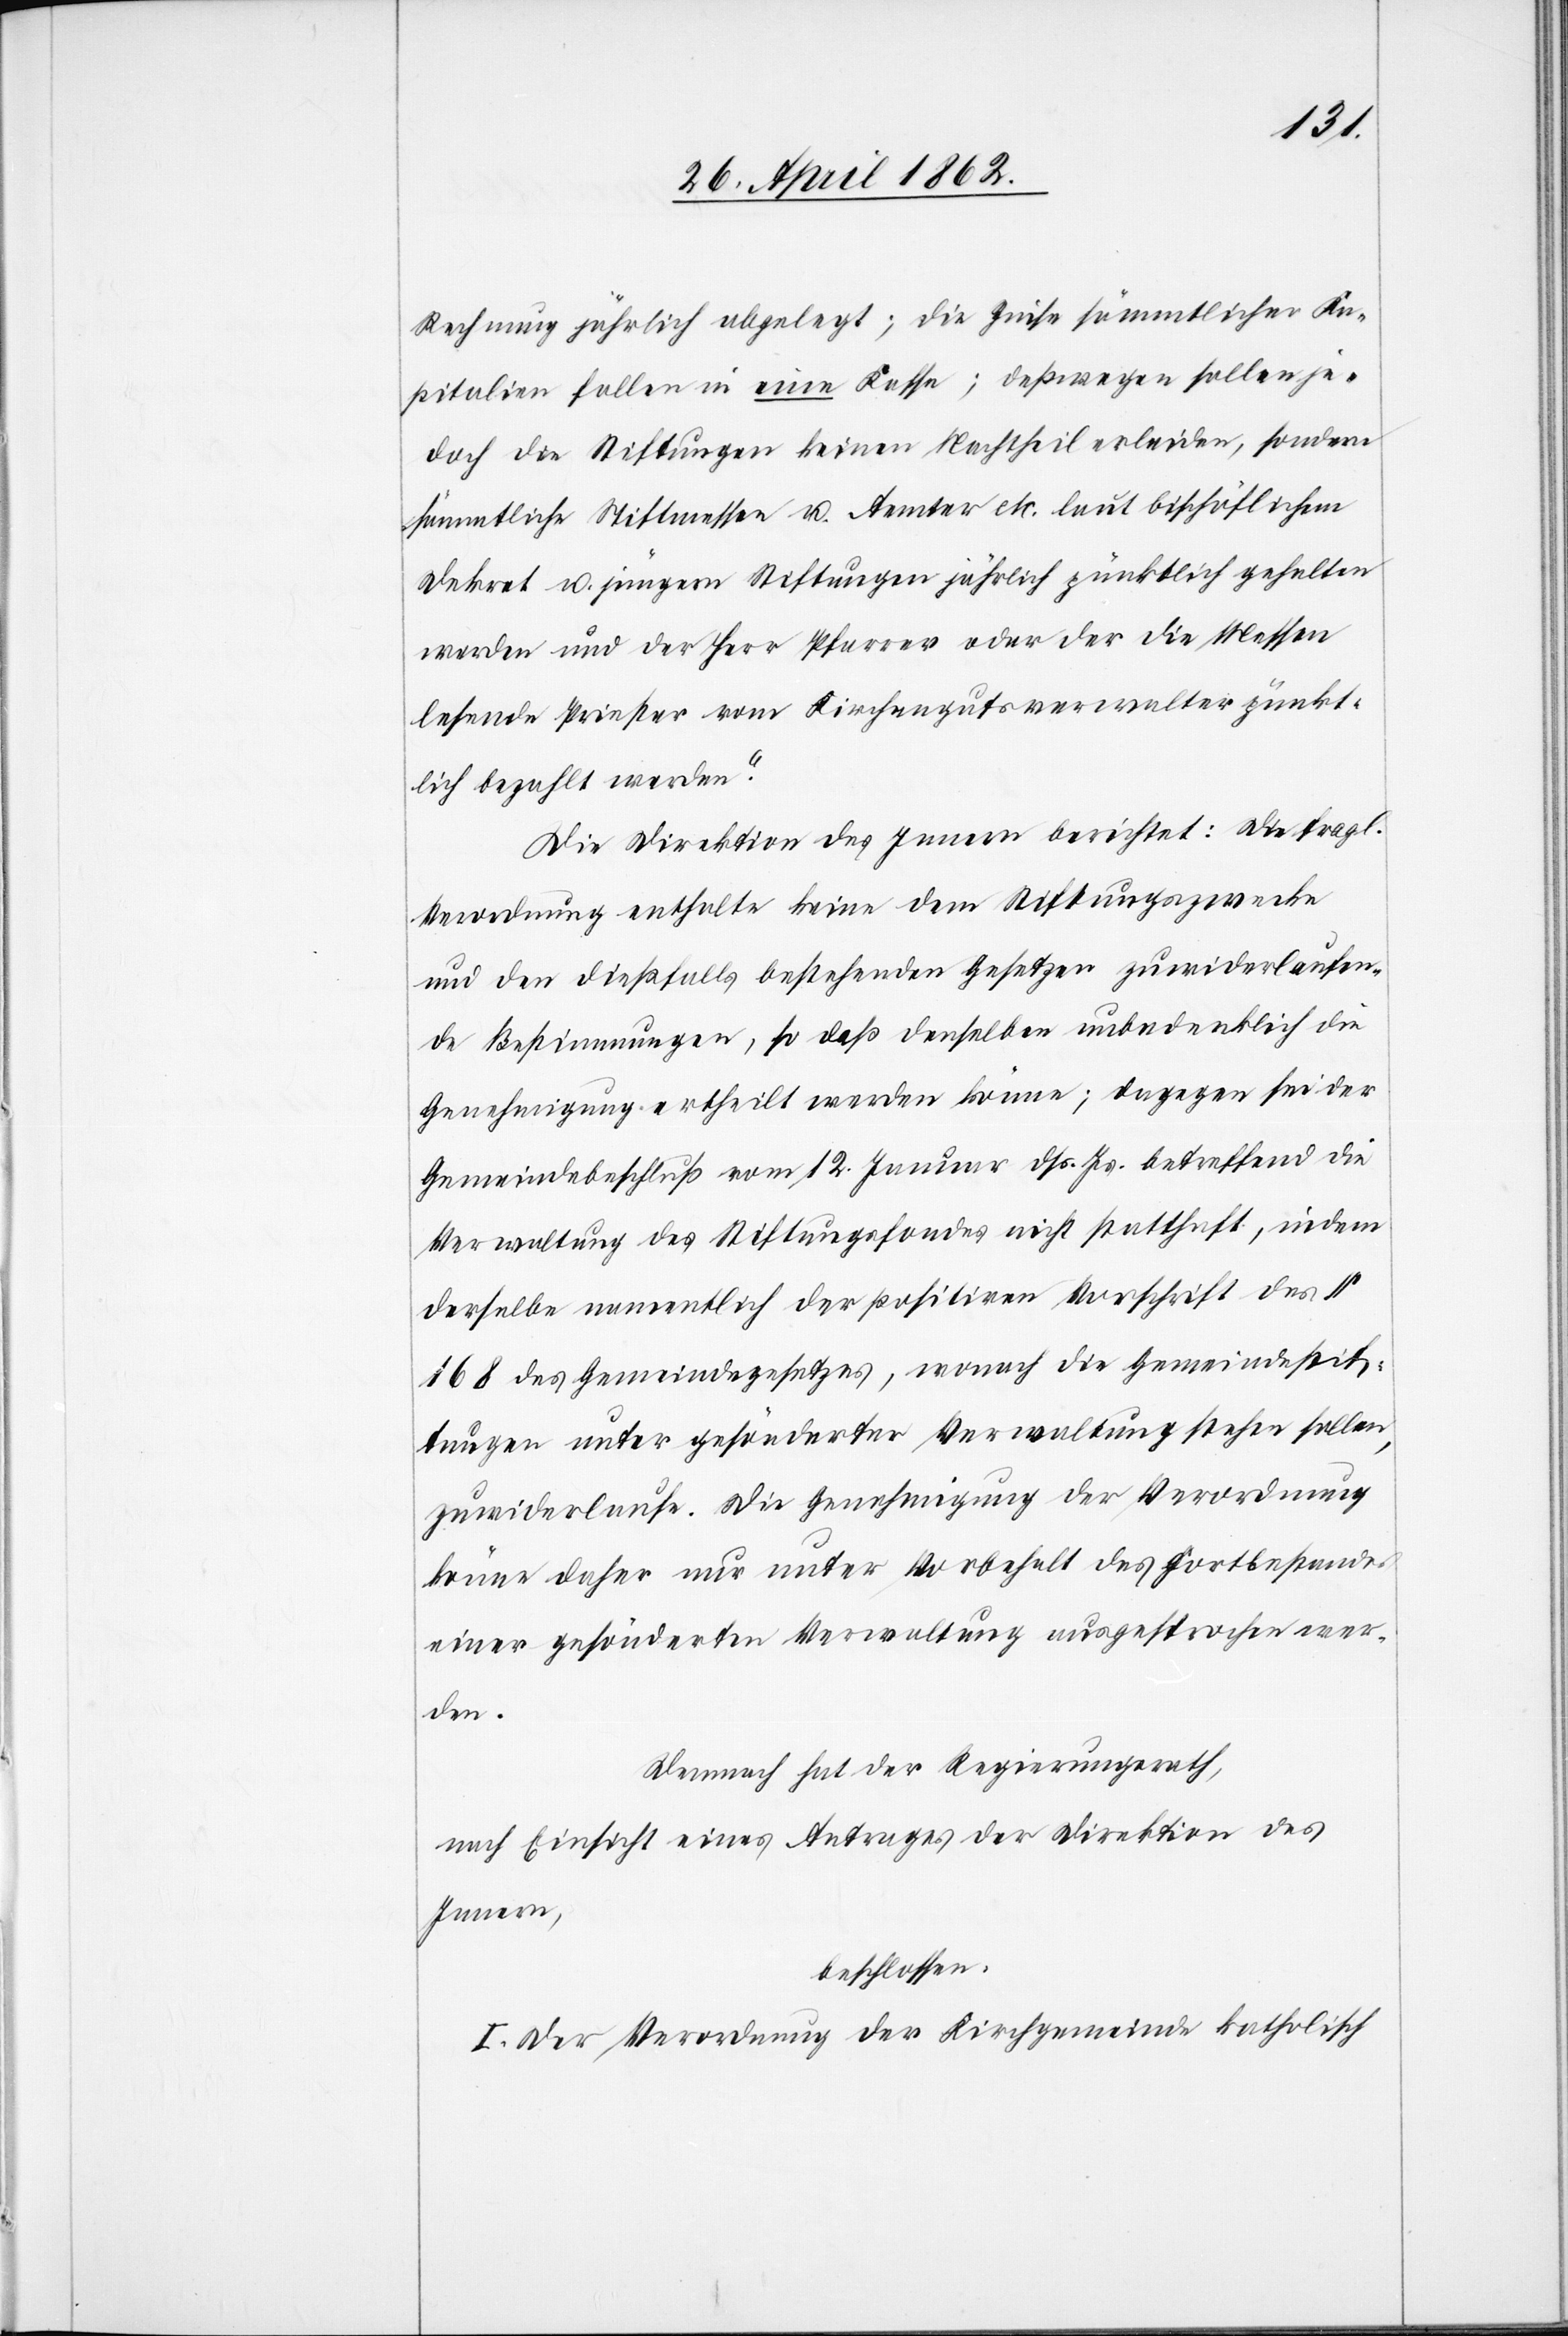
Rechnung jährlich abgelegt; die Zinse sämmtlicher Ka¬
pitalien fallen in eine Kasse; deßwegen sollen je¬
doch die Stiftungen keinen Nachtheil erleiden, sonder
sämmtliche Stiftmessen u. Aemter etc. laut bischöflichem
Dekret u. jüngern Stiftungen jährlich pünktlich gehalten
werden und der Herr Pfarrer oder der die Messen
lesende Priester vom Kirchengutsverwalter pünkt¬
lich bezahlt werden.“
Die Direktion des Innern berichtet: Die fragl.
Verordnung enthalte keine dem Stiftungszwecke
und den dießfalls bestehenden Gesetzen zuwiederlaufen¬
de Bestimmungen, so daß denselben unbedenklich die
Genehmigung ertheilt werden könne; dagegen sei der
Gemeindebeschluß vom 12. Januar dß. Js. betreffend die
Verwaltung des Stiftungsfondes nicht statthaft, indem
derselbe namentlich der positiven Vorschrift des §
168 des Gemeindegesetzes, wonach die Gemeindestif¬
tungen unter gesönderter Verwaltung stehen sollen,
zuwiderlaufen. Die Genehmigung der Verordnung
könne daher nur unter Vorbehalt des Fortbestandes
einer gesönderten Verwaltung ausgesprochen wer¬
den.
Demnach hat der Regierungsrath,
nach Einsicht eines Antrages der Direktion des
Innern,
beschlossen:
I. Der Verordnung der Kirchgemeinde katholisch